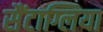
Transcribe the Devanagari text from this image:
सैंटाग्लिया